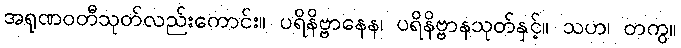
အရုဏဝတီသုတ်လည်းကောင်း။ ပရိနိဗ္ဗာနေန၊ ပရိနိဗ္ဗာနသုတ်နှင့်။ သဟ၊ တကွ။